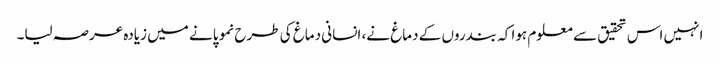
انہیں اس تحقیق سے معلوم ہوا کہ بندروں کے دماغ نے، انسانی دماغ کی طرح نمو پانے میں زیادہ عرصہ لیا۔